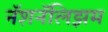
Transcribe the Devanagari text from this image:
नॅशनॅलिझम